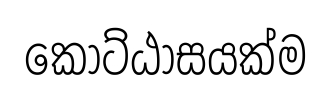
කොට්ඨාසයක්ම